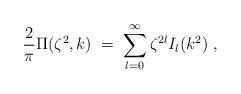
LaTeX: \begin{align*}{2\over\pi} \Pi(\zeta^2,k)\;=\;\sum_{l=0}^\infty \zeta^{2l} I_l(k^2)\;,\end{align*}